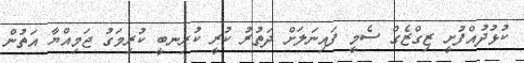
ކުޅުދުއްފުށީ ޒިގްޒެގް ސެމީ ފައިނަލަށް ދަތުރު ކުރީ ކުރިނބީ ކުރިމަގު ޖަމިއްޔާ އަތުން